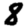
Digit: 8